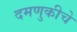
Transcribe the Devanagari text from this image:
दमणुकीचे